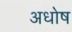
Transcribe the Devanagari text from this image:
अधोष